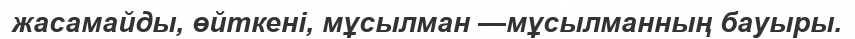
жасамайды, өйткені, мұсылман —мұсылманның бауыры.